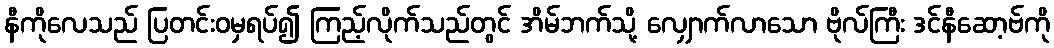
နီကိုလေသည် ပြတင်းဝမှရပ်၍ ကြည့်လိုက်သည်တွင် အိမ်ဘက်သို့ လျှောက်လာသော ဗိုလ်ကြီး ဒင်နီဆော့ဗ်ကို